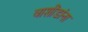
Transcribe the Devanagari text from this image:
वाशींडांना